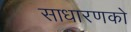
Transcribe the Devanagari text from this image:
साधारणको